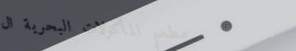
مطعم المأكولات البحرية ال